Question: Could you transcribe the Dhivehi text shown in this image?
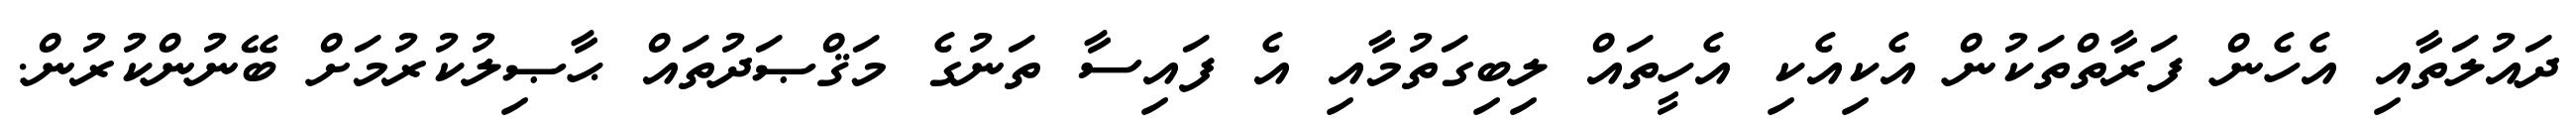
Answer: ދައުލަތާއި އެހެން ފަރާތްތަކުން އެކިއެކި އެހީތައް ލިބިގަތުމާއި އެ ފައިސާ ތަނުގެ މަޤްޞަދުތައް ޙާޞިލުކުރުމަށް ބޭނުންކުރުން.